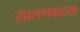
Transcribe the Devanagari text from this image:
सासणकाठय़ा